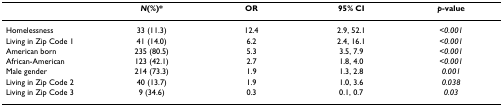
<table><thead><tr><td></td><td><b><i>N</i>(%)*</b></td><td><b>OR</b></td><td><b>95% CI</b></td><td><b><i>p</i>-value</b></td></tr></thead><tbody><tr><td>Homelessness</td><td>33 (11.3)</td><td>12.4</td><td>2.9, 52.1</td><td><i>&lt;0.001</i></td></tr><tr><td>Living in Zip Code 1</td><td>41 (14.0)</td><td>6.2</td><td>2.4, 16.1</td><td><i>&lt;0.001</i></td></tr><tr><td>American born</td><td>235 (80.5)</td><td>5.3</td><td>3.5, 7.9</td><td><i>&lt;0.001</i></td></tr><tr><td>African-American</td><td>123 (42.1)</td><td>2.7</td><td>1.8, 4.0</td><td><i>&lt;0.001</i></td></tr><tr><td>Male gender</td><td>214 (73.3)</td><td>1.9</td><td>1.3, 2.8</td><td><i>0.001</i></td></tr><tr><td>Living in Zip Code 2</td><td>40 (13.7)</td><td>1.9</td><td>1.0, 3.6</td><td><i>0.038</i></td></tr><tr><td>Living in Zip Code 3</td><td>9 (34.6)</td><td>0.3</td><td>0.1, 0.7</td><td><i>0.03</i></td></tr></tbody></table>